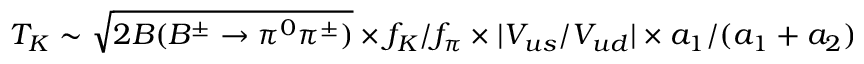
T _ { K } \sim \sqrt { 2 { \cal B } ( B ^ { \pm } \to \pi ^ { 0 } \pi ^ { \pm } ) } \times f _ { K } / f _ { \pi } \times | V _ { u s } / V _ { u d } | \times a _ { 1 } / ( a _ { 1 } + a _ { 2 } )